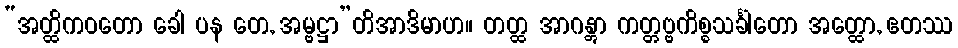
“အတ္ထိကဝတော ခေါ ပန တေ, အမ္ဗဋ္ဌာ”တိအာဒိမာဟ။ တတ္ထ အာဂန္တွာ ကတ္တဗ္ဗကိစ္စသင်္ခါတော အတ္ထော, ဧတဿ